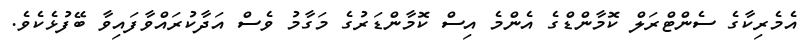
އެމެރިކާގެ ސެންޓްރަލް ކޮމާންޑްގެ އެންމެ އިސް ކޮމާންޑަރުގެ މަގާމު ވެސް އަދާކުރައްވާފައިވާ ބޭފުޅެކެވެ.